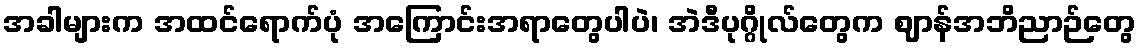
အခါများက အထင်ရောက်ပုံ အကြောင်းအရာတွေပါပဲ၊ အဲဒီပုဂ္ဂိုလ်တွေက ဈာန်အဘိညာဉ်တွေ